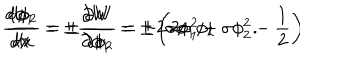
LaTeX: \frac { d \phi _ { 1 } } { d x } = \pm \frac { \partial W } { \partial \phi _ { 1 } } = \pm \left( 2 \phi _ { 1 } ^ { 2 } + \sigma \phi _ { 2 } ^ { 2 } - \frac { 1 } { 2 } \right) \hspace { 1 c m } \frac { d \phi _ { 2 } } { d x } = \pm \frac { \partial W } { \partial \phi _ { 2 } } = \pm 2 \sigma \phi _ { 1 } \phi _ { 2 } \qquad .